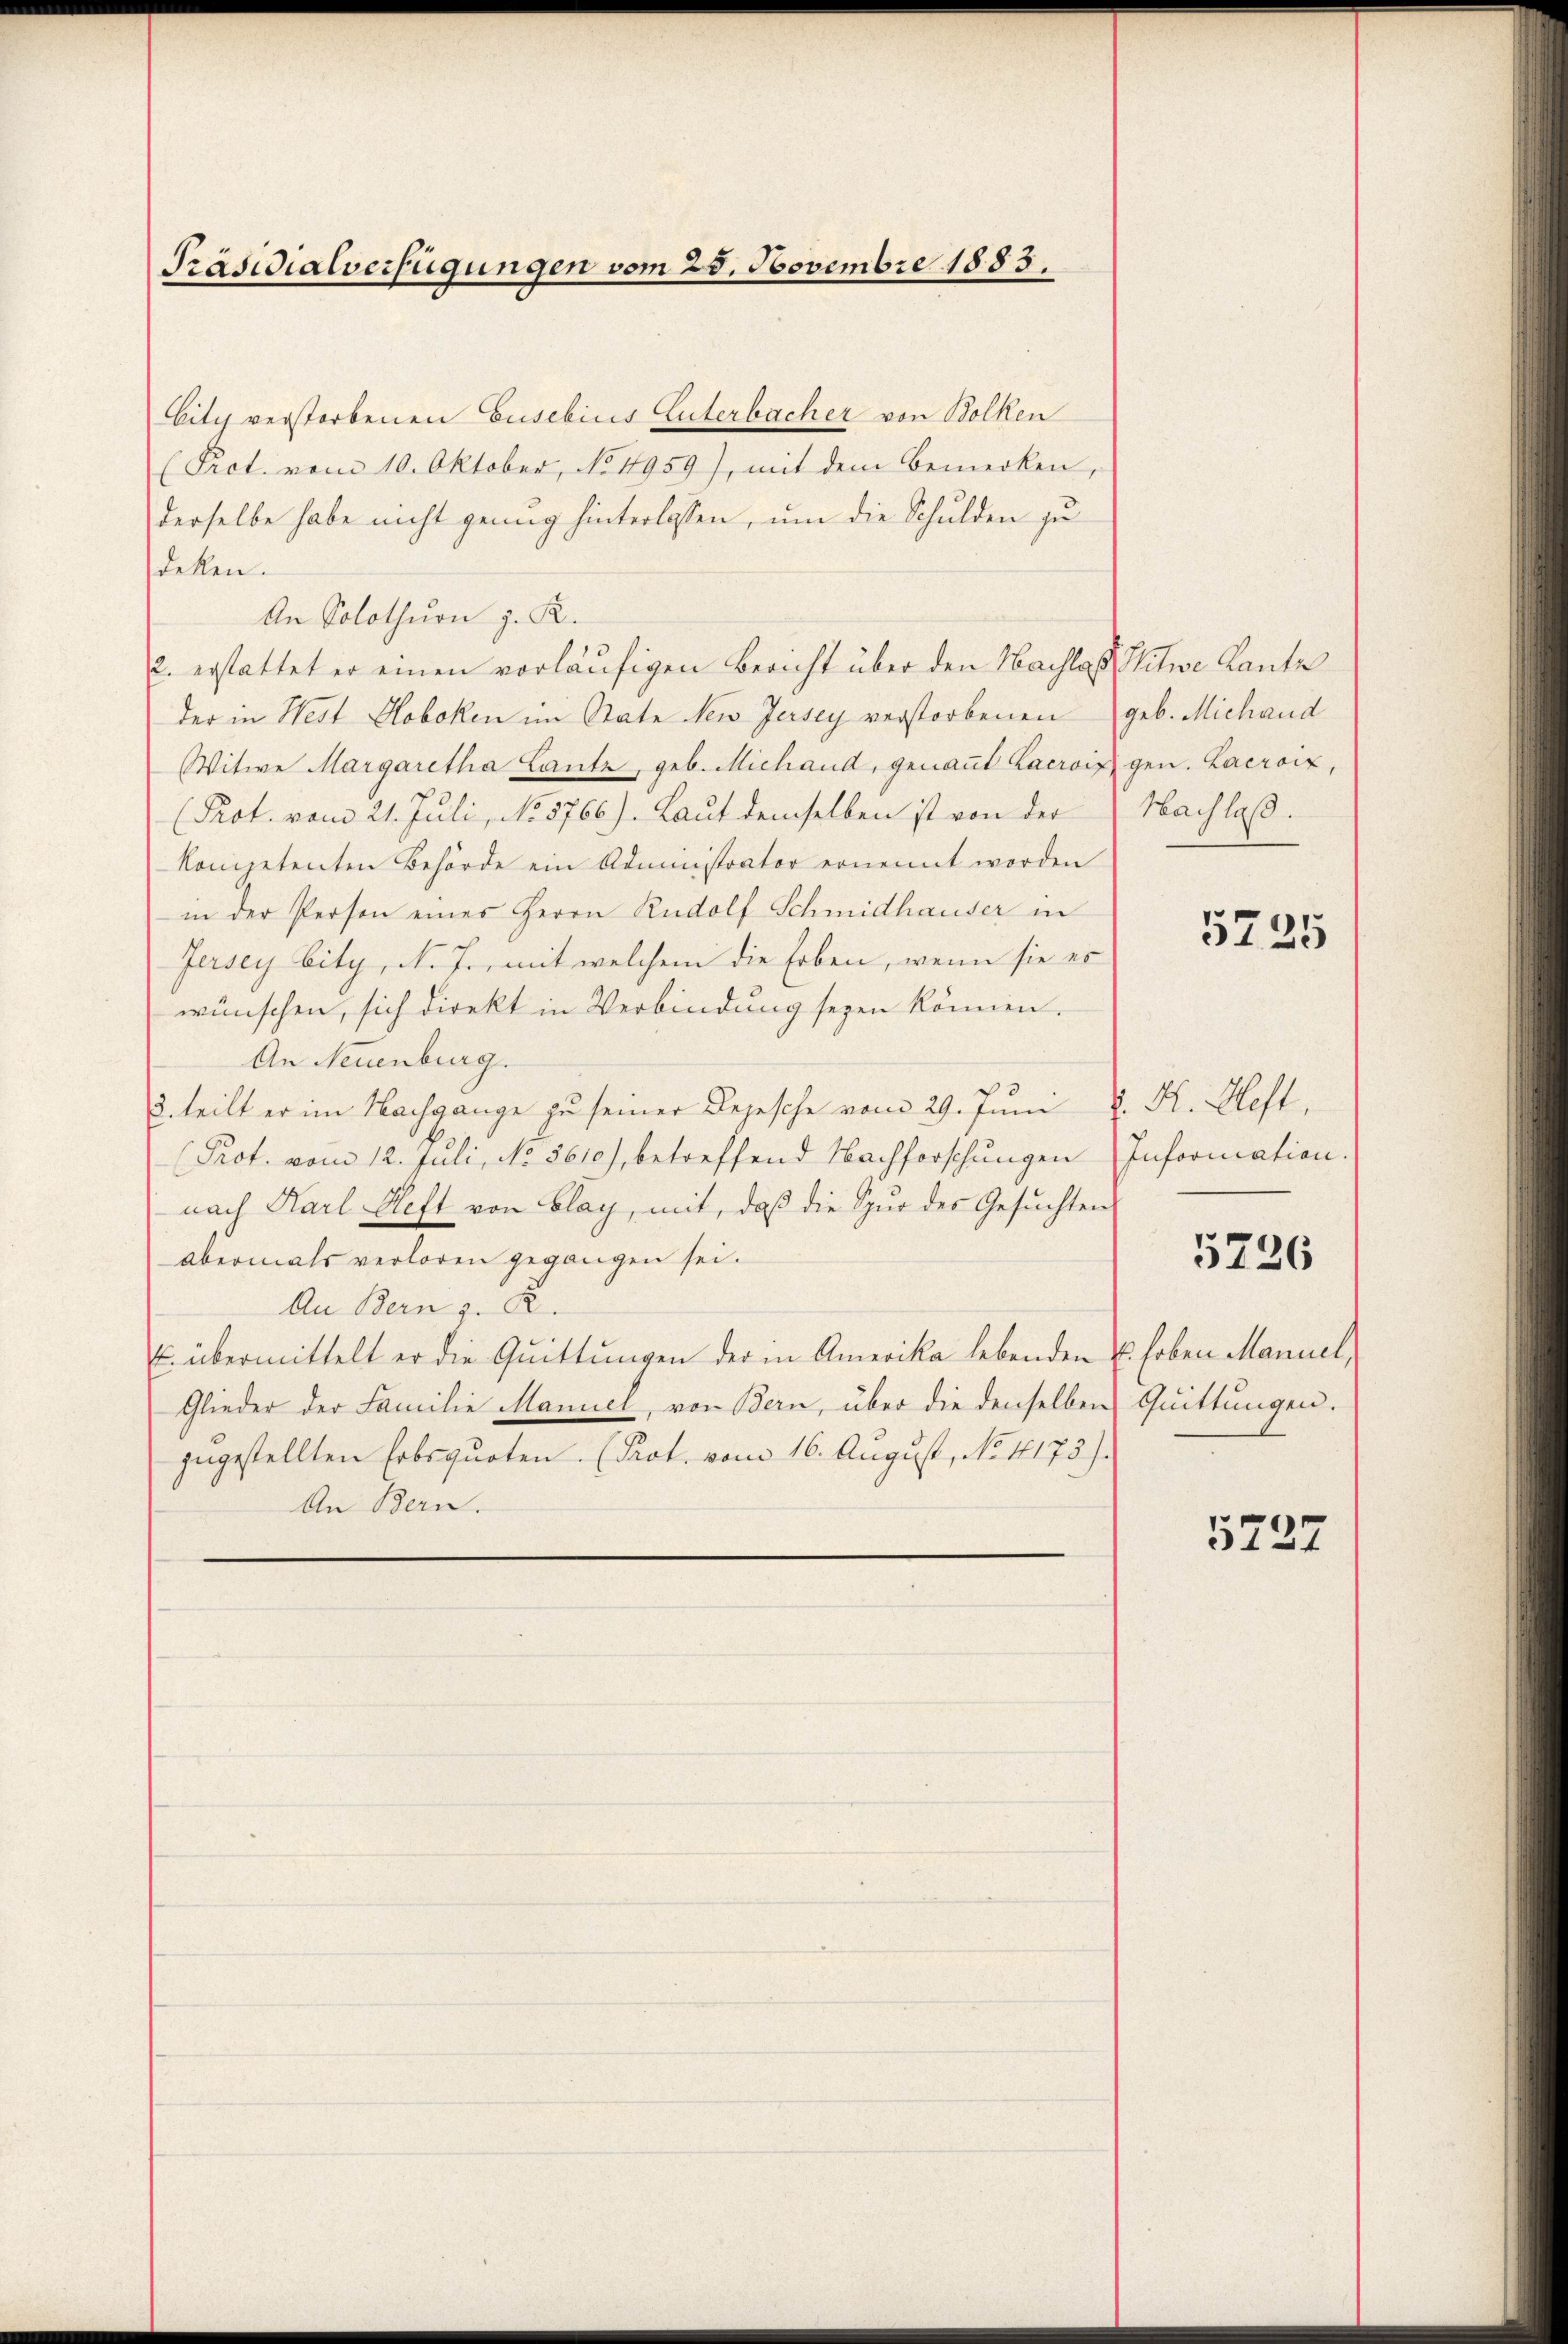
City verstorbenen Gusebins Enterbacher von Bolken
(Pact. vom 10. Oktober, No. 1959), mit dem Bemerken,
derselbe habe nicht genug hinterlassen, um die Schulden zu
deken.
An Solothurn z. R.
2. erstattet er einen vorläufigen Bericht über den Nachlaß Witwe Kanto
der in West Hoboken im Rate New Jersey verstorbenen
Witwe Margaretha Lantz, geb. Michand, genannt Lacroix gen. Lacroix,
(Prot. vom 21. Juli, No 5766). Laut demselben ist von der
kompetenten Behörde ein Administrator ernennt worden
in der Person eines Herrn Rudolf Schmidhauser in
Jersey bity, N. T., mit welchem die Erben, wenn sie es
wünschen, sich direkt in Verbindung seyen können.
An Neuenburg.
3. teilt er im Nachgange zu seiner Depesche vom 29. Juni v. K. Heft,
Prot. vom 12. Juli, No 5610), betreffend Nachforschungen
nach Karl Heft von Blag, mit, daβ die Zŭr des Gesŭchten
abermals verloren gegangen sei.
An Bern z. B.
E. übermittelt er die Quittungen der in Amerika lebenden u. hoben Manuel,
Glieder der Familie Mannel, von Bern, über die denselben
zugestellten Erbsquoten. (Prot. vom 16. August, No 1173).
An Bern.

Präsidialverfügungen vom 28. Novembre 1883.

geb. Michaud
Nachlaß.

5225

Information.

5226

Quittungen.

5727